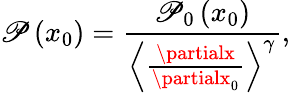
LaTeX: \mathscr{P}\left(x_{0}\right)=\frac{{\mathscr{P}_{0}\left(x_{0}\right)}}{{\left\langle\frac{{\partialx}}{{\partialx_{0}}}\right\rangle^{\gamma}}},